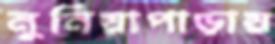
নুনিয়াপাড়ায়